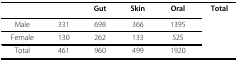
|  | Gut | Skin | Oral | Total |
 | --- | --- | --- | --- | --- |
 | Male | 331 | 698 | 366 | 1395 |
 | Female | 130 | 262 | 133 | 525 |
 | Total | 461 | 960 | 499 | 1920 |